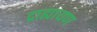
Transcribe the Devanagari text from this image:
द्राह्यायण